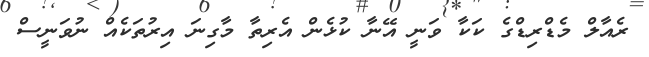
ރެއާލް މެޑްރިޑްގެ ކަކާ ވަނީ އޭނާ ކުޅެން އެރިތާ މާގިނަ އިރުތަކެއް ނުވަނީސް